65_HS1-834228961_62-HQ-83894_Serial_130
Agency: FBI
Page 125
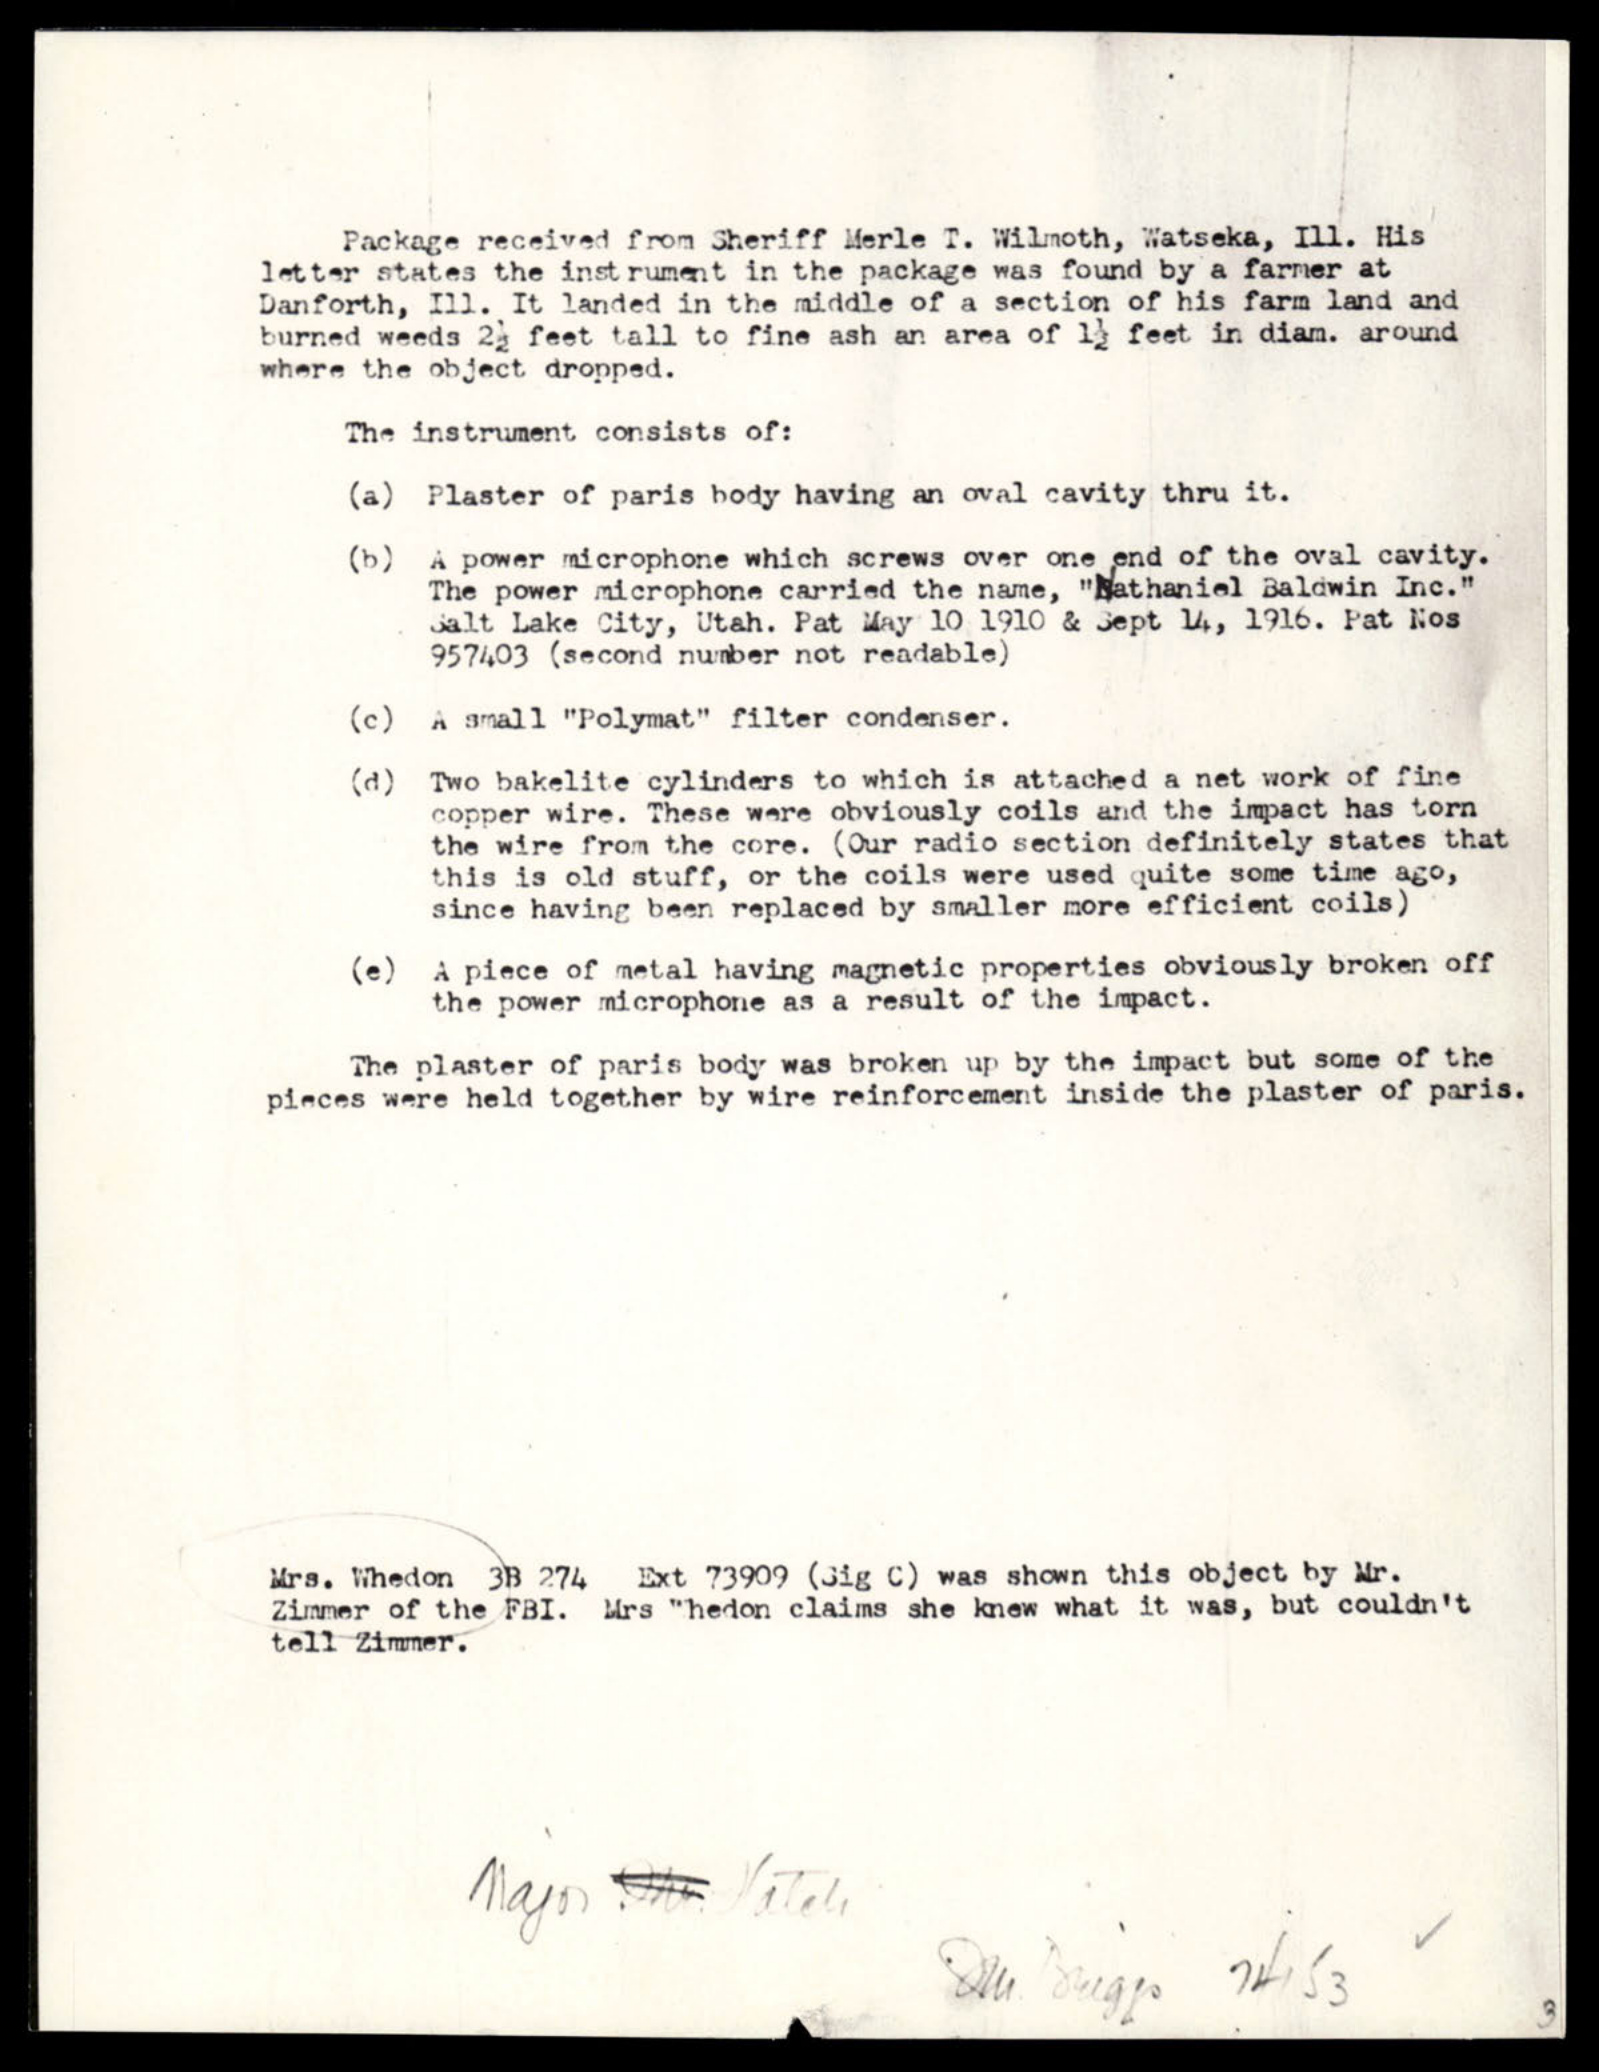